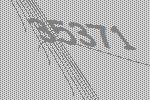
35371